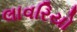
લાવરિયો